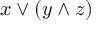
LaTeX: x \vee ( y \wedge z )